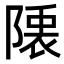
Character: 𮥙